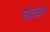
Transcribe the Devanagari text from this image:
कविकारे